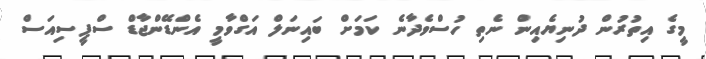
މީގެ އިތުރުން ދުނިޔެއިން ނެތި ހުސްވެދާނެ ކަމަށް ބައިނަލް އަގްވާމީ އެންޑޭންޖާޑް ސްޕީސިއަސް